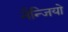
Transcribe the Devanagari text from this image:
नैन्जियो